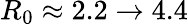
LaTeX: R_{0}\approx 2.2\rightarrow 4.4